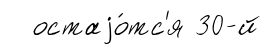
остаjо́тс'я 30-й